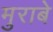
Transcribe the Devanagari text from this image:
मुराबे